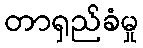
တာရှည်ခံမှု